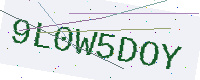
Text: 9L0W5DOY